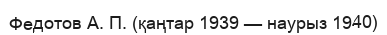
Федотов А. П. (қаңтар 1939 — наурыз 1940)